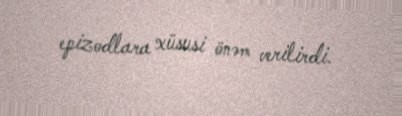
epizodlara xüsusi önəm verilirdi.